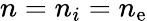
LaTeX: n=n_{i}=n_{\mathrm{e}}